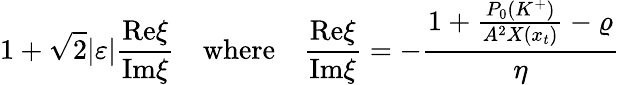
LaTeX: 1+\sqrt{2}|\varepsilon|\frac{\mathrm{Re}\xi}{\mathrm{Im}\xi}\quad\mathrm{where}\quad\frac{\mathrm{Re}\xi}{\mathrm{Im}\xi}=-\frac{1+\frac{P_{0}(K^{+})}{A^{2}X(x_{t})}-\varrho}{\eta}